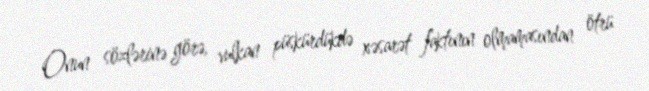
Onun sözlərinə görə, vulkan püskürdükdə xəsarət faktının olmamasından ötrü